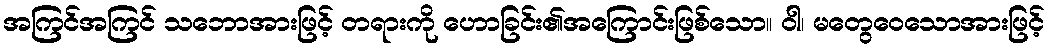
အကြင်အကြင် သဘောအားဖြင့် တရားကို ဟောခြင်း၏အကြောင်းဖြစ်သော။ ဝါ၊ မတွေဝေသောအားဖြင့်